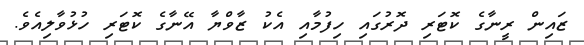
ޒައިން ރީނާގެ ކޮޓަރި ދޮރުގައި ހިފުމާއި އެކު ޒާވްޔާ އޭނާގެ ކޮޓަރި ހުޅުވާލިއެވެ.